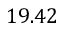
1 9 . 4 2